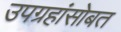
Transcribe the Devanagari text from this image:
उपग्रहांसोबत